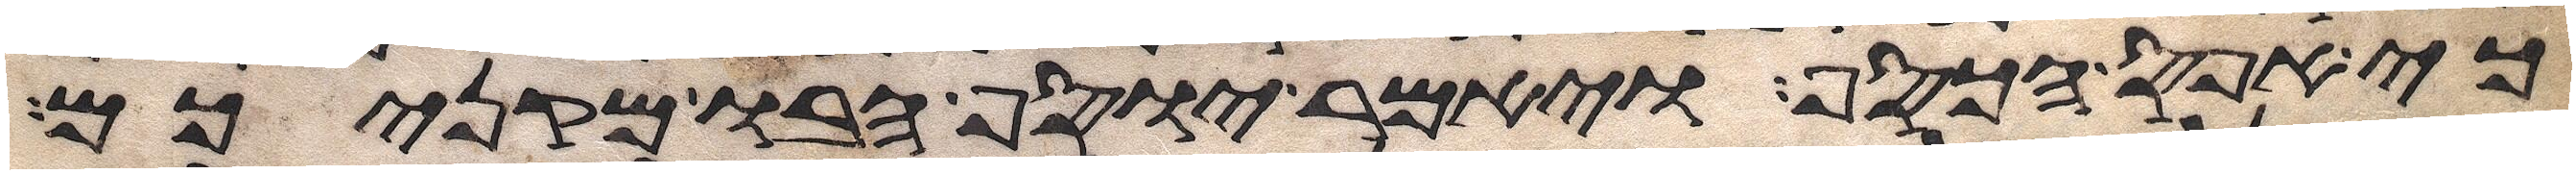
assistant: כי אפס הכסף ויאמר יוסף הבו מקניכם